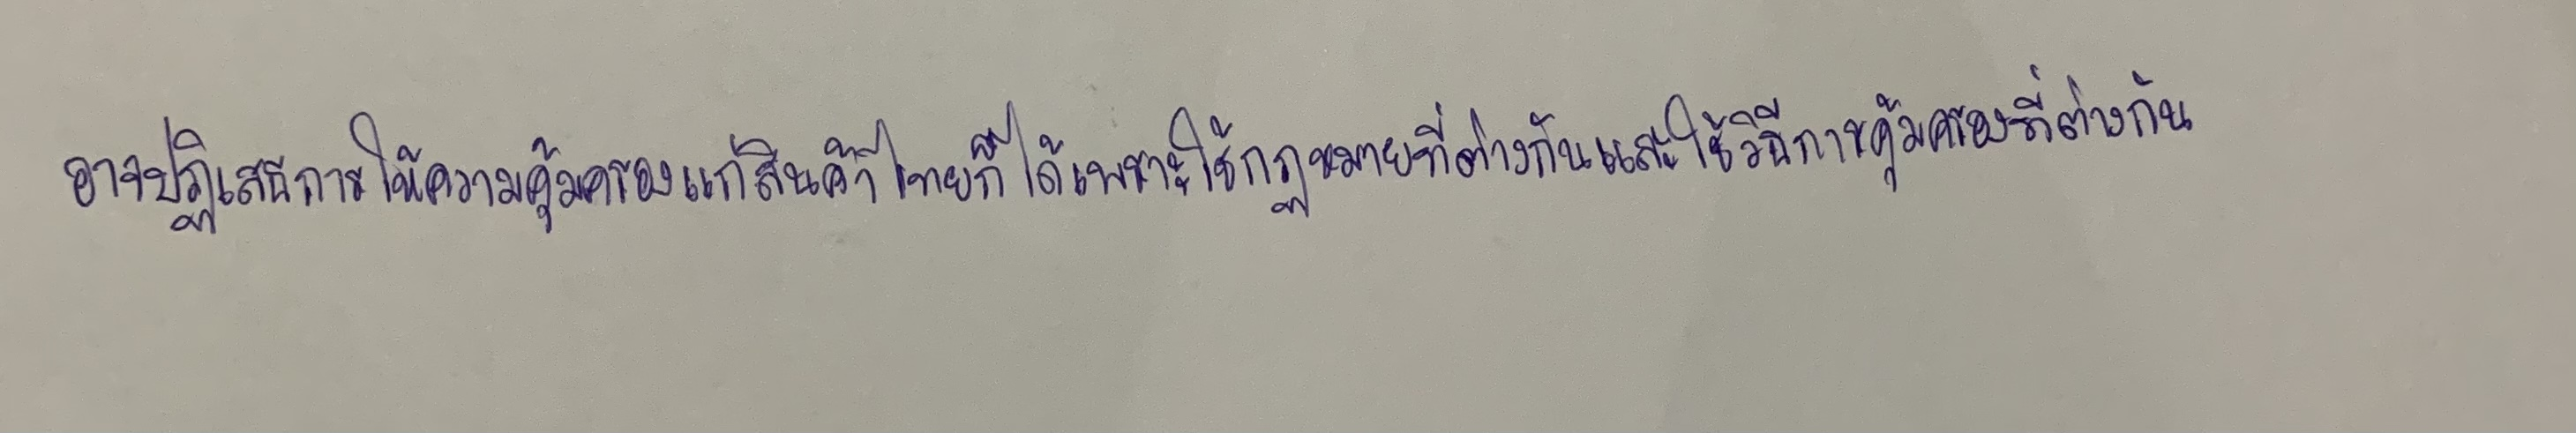
อาจปฏิเสธการให้ความคุ้มครองแก่สินค้าไทยก็ได้เพราะใช้กฏหมายที่ต่างกันและใช้วิธีการคุ้มครองที่ต่างกัน